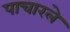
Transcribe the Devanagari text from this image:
पाचारले